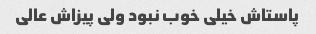
پاستاش خیلی خوب نبود ولی پیزاش عالی